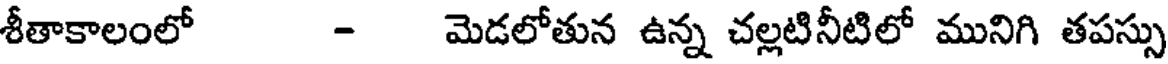
శీతాకాలంలో - మెడలోతున ఉన్న చల్లటినీటిలో మునిగి తపస్సు